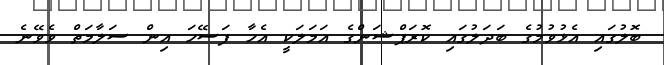
ބޮލުގައި އެޅުވުމުގެ ބަދަލުގައި ކޮރަޕްޝަންގެ އަމަލަކީ އެހާ ފަސޭހަ އިން ސަލާމަތް ވެވޭނެ